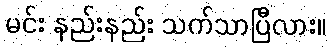
မင်း နည်းနည်း သက်သာပြီလား။